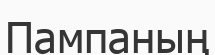
Пампаның